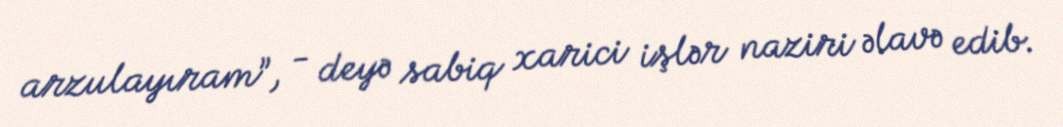
arzulayıram”, - deyə sabiq xarici işlər naziri əlavə edib.